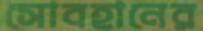
সোবহানের